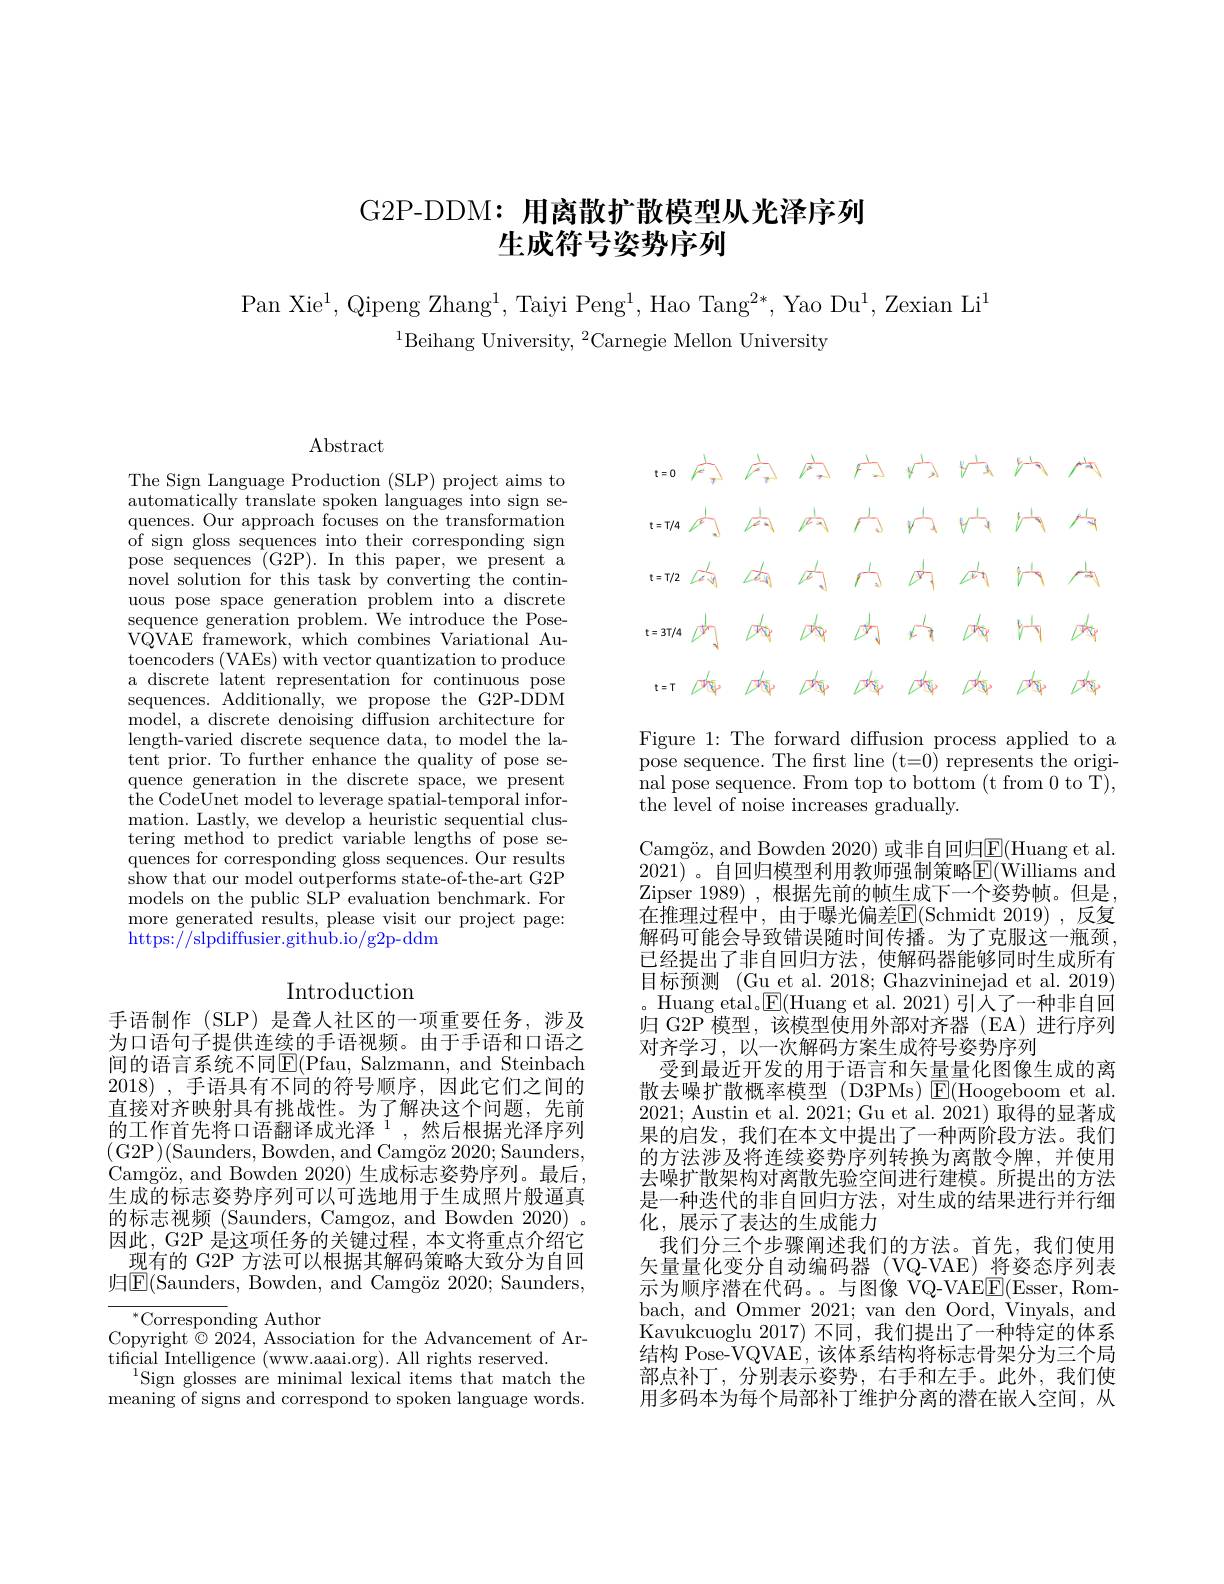
# G2P-DDM: 用离散扩散模型从光泽序列生成符号姿势序列

Pan Xie$^1$,Qipeng Zhang$^1$,Taiyi Peng$^1$,Hao Tang$^2*$,Yao Du$^1$,Zexian Li$^1$
$^{1}$Beihang University, $^2$Carnegie Mellon University

$\operatorname{Abstract}$

The Sign Language Production (SLP) project aims to automatically translate spoken languages into sign sequences. Our approach focuses on the transformation ${\mathrm{~of~sign~gloss~sequences~into~their~corresponding~sign}}$ pose sequences (G2P).In this paper, we present a novel solution for this task by converting the continuous pose space generation problem into a discrete sequence generation problem. We introduce the PoseVQVAE framework, which combines Variational Autoencoders (VAEs) with vector quantization to produce a discrete latent representation for continuous pose sequences. Additionally, we propose the G2P-DDM model, a discrete denoising diffusion architecture for length-varied discrete sequence data, to model the latent prior. To further enhance the quality of pose sequence generation in the discrete space, we present the CodeUnet model to leverage spatial-temporal information. Lastly, we develop a heuristic sequential clustering method to predict variable lengths of pose sequences for corresponding gloss sequences. Our results show that our model outperforms state-of-the-art G2P models on the public SLP evaluation benchmark. For more generated results, please visit our project page: https://slpdiffusier.github.io/g2p-ddm

# Introduction

手语制作 (SLP) 是聋人社区的一项重要任务，涉及为口语句子提供连续的手语视频。由于手语和口语之间的语言系统不同$\overline{\mathrm{E}}($Pfau, Salzmann, and Steinbach 2018) , ${\text{手 语 具 有 不 同 的 符 号 顺 序 , 因 此 它 们 之 间 的 }}$ 直接对齐映射具有挑战性。为了解决这个问题，先前的工作首先将口语翻译成光泽$^1$,然后根据光泽序列(G2P)(Saunders, Bowden, and Camgöz 2020;Saunders, Camgöz, and Bowden 2020)生成标志姿势序列。最后生成的标志姿势序列可以可选地用于生成照片般逼真的标志视频 (Saunders, Camgoz, and Bowden 2020) 因此，G2P 是这项任务的关键过程，本文将重点介绍它现有的 G2P 方法可以根据其解码策略大致分为自回
归$\boxed{\mathrm{E}}($Saunders, Bowden, and Camgöz 2020; Saunders,

$^{*}$Corresponding Author
Copyright$\odot2024$, Association for the Advancement of Ar-
tificial Intelligence ( www. aaai. org) . All rights reserved.
$^{1}$Sign glosses are minimal lexical items that match the meaning of signs and correspond to spoken language words.

$f^{\frac12}$
$V_{\mathrm{h}}$
$\sqrt{-2}$
$f^{1}$
$t= 0$ $f^{2}$
$y^{\perp}$
$i^{\prime}$
$t=T/4$
$y^{-1}$
t=T/2 Ceg 本内$r$内 本 内 内 内 比
$r=-1$
testila ph A 内 内 内 内 内 内 内 内 内tist pou por po por por

Figure 1: The forward diffusion process applied to a pose sequence. The first line (t=0) represents the origi- $\bar{\text{nal pose sequence. From top to bottom (t from 0 to T),}}$ the level of noise increases gradually.

Camgöz, and Bowden 2020) 或非自回归$\mathbb{E}($Huang et al. 2021) 。自回归模型利用教师强制策略$\overline{\mathrm{E}}($Williams and Zipser 1989) ,根据先前的帧生成下一个姿势帧。但是在推理过程中，由于曝光偏差$\boxed{\mathrm{F}}($Schmidt 2019),反复解码可能会导致错误随时间传播。为了克服这一瓶颈， 已经提出了非自回归方法，使解码器能够同时生成所有目标预测 (Gu et al. 2018; Ghazvininejad et al. 2019) Huang etal。$\underline{\mathrm{E}}($Huang et al. 2021) 引人了一种非自回归 G2P 模型，该模型使用外部对齐器 (EA)进行序列对齐学习，以一次解码方案生成符号姿势序列
受到最近开发的用于语言和矢量量化图像生成的离散去噪扩散概率模型(D3PMs)E(Hoogeboom et al. 2021; Austin et al. 2021; Gu et al. 2021) 取得的显著成果的启发，我们在本文中提出了一种两阶段方法。我们的方法涉及将连续姿势序列转换为离散令牌，并使用去噪扩散架构对离散先验空间进行建模。所提出的方法是一种迭代的非自回归方法，对生成的结果进行并行细化，展示了表达的生成能力
我们分三个步骤阐述我们的方法。首先，我们使用矢量量化变分自动编码器(VQ-VAE)将姿态序列表示为顺序潜在代码。。与图像 VQ-VAE$\boxed{\mathrm{F}}($Esser, Rombach, and Ommer 2021;van den Oord, Vinyals, and Kavukcuoglu 2017) 不同，我们提出了一种特定的体系结构 Pose-VQVAE,该体系结构将标志骨架分为三个局部点补丁，分别表示姿势，右手和左手。此外，我们使用多码本为每个局部补丁维护分离的潜在嵌人空间，从